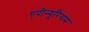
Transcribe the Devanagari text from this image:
एपीन्यूरियम